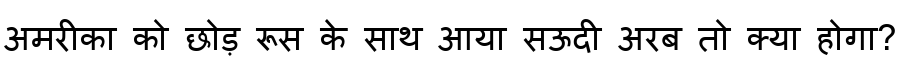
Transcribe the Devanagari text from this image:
अमरीका को छोड़ रूस के साथ आया सऊदी अरब तो क्या होगा?